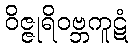
ဝိဇ္ဇုရိဝဗ္ဘကူဋံ